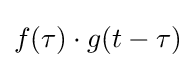
f(\tau )\cdot g(t-\tau )